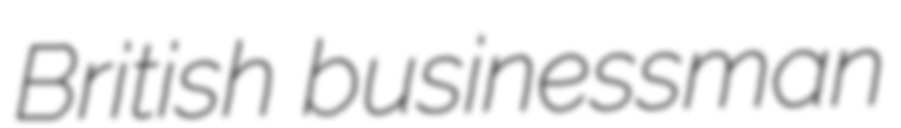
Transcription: British businessman